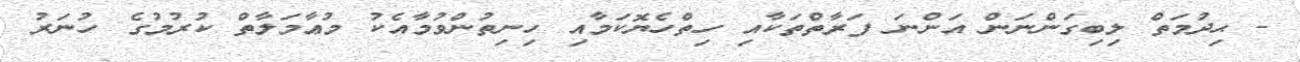
- ޙިދުމަތް ލިބިގަންނަން އަންނަ ފަރާތްތަކާއި ހިތްހެޔޮކަމާއި ހިނިތުންވުމާއެކު މުޢާމަލާތް ކުރުމުގެ ހުނަރު